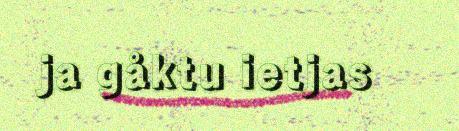
ja gåktu ietjas